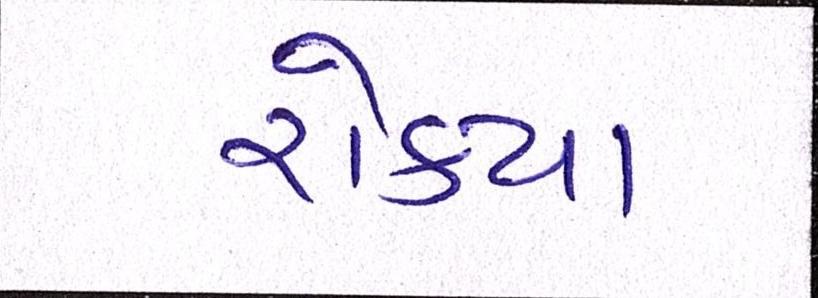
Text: રોક્યા